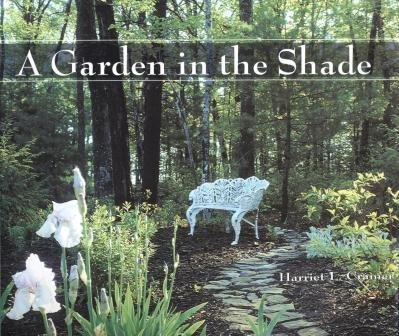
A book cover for A Garden in the Shade; Harriet Cramer; Crafts, Hobbies & Home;